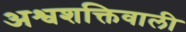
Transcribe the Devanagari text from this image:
अश्वशक्तिवाली